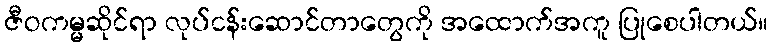
ဇီဝကမ္မဆိုင်ရာ လုပ်ငန်းဆောင်တာတွေကို အထောက်အကူ ပြုစေပါတယ်။